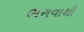
ભરાવાથી